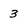
Character: 3